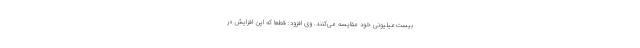
بیست‌میلیونی خود مقایسه می‌کنند. وی افزود: قطعاً که این افزایش در